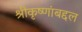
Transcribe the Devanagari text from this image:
श्रीकृष्णांबद्दल